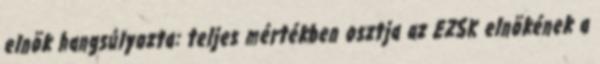
elnök hangsúlyozta: teljes mértékben osztja az EZSK elnökének a